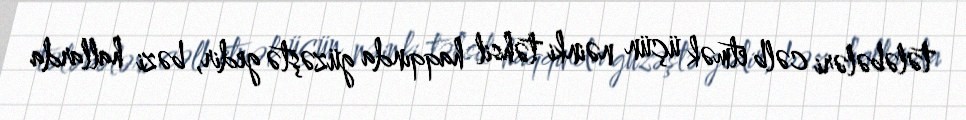
tələbələri cəlb etmək üçün nəinki təhsil haqqında güzəştə gedir, bəzi hallarda